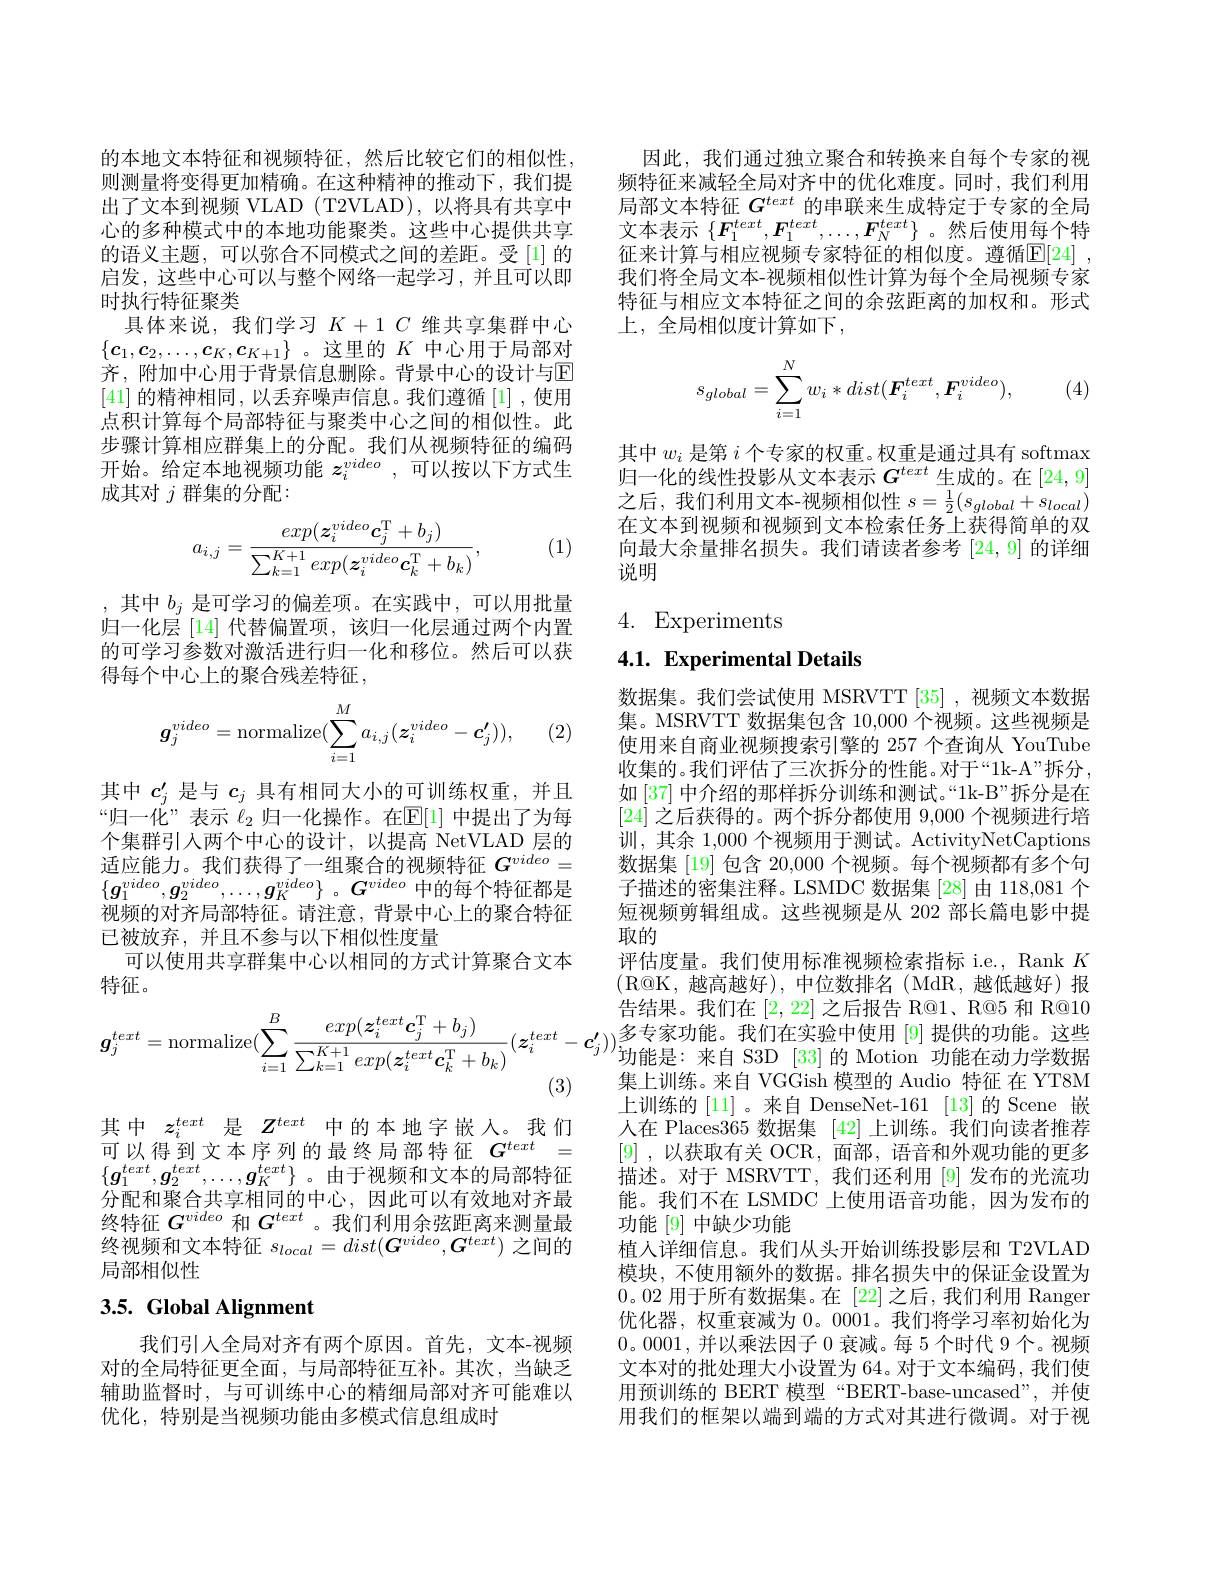
的本地文本特征和视频特征，然后比较它们的相似性。则测量将变得更加精确。在这种精神的推动下，我们提出了文本到视频 VLAD (T2VLAD),以将具有共享中心的多种模式中的本地功能聚类。这些中心提供共享的语义主题，可以弥合不同模式之间的差距。受[1]的启发，这些中心可以与整个网络一起学习，并且可以即时执行特征聚类
具体来说，我们学习$K+1C$维共享集群中心$\{\boldsymbol{c}_1,\boldsymbol{c}_2,\ldots,\boldsymbol{c}_K,\boldsymbol{c}_{K+1}\}$ 。这里的$K$中心用于局部对齐，附加中心用于背景信息删除。背景中心的设计与$\mathbb{E}$ [41]的精神相同，以丢弃噪声信息。我们遵循[1] ,使用点积计算每个局部特征与聚类中心之间的相似性。此步骤计算相应群集上的分配。我们从视频特征的编码开始。给定本地视频功能$z_i^{video}$,可以按以下方式生成其对$j$群集的分配：
$$a_{i,j}=\frac{exp(\boldsymbol{z}_{i}^{video}\boldsymbol{c}_{j}^{\mathrm{T}}+b_{j})}{\sum_{k=1}^{K+1}exp(\boldsymbol{z}_{i}^{video}\boldsymbol{c}_{k}^{\mathrm{T}}+b_{k})},$$
(1)

,其中$b_j$是可学习的偏差项。在实践中，可以用批量归一化层[14]代替偏置项，该归一化层通过两个内置的可学习参数对激活进行归一化和移位。然后可以获得每个中心上的聚合残差特征，

(2)
$$\boldsymbol{g}_j^{video}=\text{normalize}(\sum_{i=1}^Ma_{i,j}(\boldsymbol{z}_i^{video}-\boldsymbol{c'}_j)),$$
其中$c_j^{\prime}$是与$c_j$具有相同大小的可训练权重，并且“归一化”表示$\ell_2$归一化操作。在$\mathbb{E}[1]$中提出了为每个集群引人两个中心的设计，以提高 NetVLAD 层的适应能力。我们获得了一组聚合的视频特征$G^{video}=$ $\{ \boldsymbol{g}_{1}^{video}, \boldsymbol{g}_{2}^{video}, \ldots , \boldsymbol{g}_{K}^{video}\}$ $。\boldsymbol{G}^{video}$中的每个特征都是视频的对齐局部特征。请注意，背景中心上的聚合特征已被放弃，并且不参与以下相似性度量
可以使用共享群集中心以相同的方式计算聚合文本
特征。
$$\boldsymbol{g}_{j}^{text}=\text{normalize}(\sum_{i=1}^{B}\frac{exp(\boldsymbol{z}_{i}^{text}\boldsymbol{c}_{j}^{\mathrm{T}}+b_{j})}{\sum_{k=1}^{K+1}exp(\boldsymbol{z}_{i}^{text}\boldsymbol{c}_{k}^{\mathrm{T}}+b_{k})}(\boldsymbol{z}_{i}^{text}-\boldsymbol{c}_{j}^{\prime})$$
其中$z_i^{text}$是$Z^{text}$中的本地字嵌人。我们可以得到文本序列的最终局部特征$G^text=$ $\{\boldsymbol{g}_1^{text},\boldsymbol{g}_2^{text},\ldots,\boldsymbol{g}_K^{text}\}$。由于视频和文本的局部特征分配和聚合共享相同的中心，因此可以有效地对齐最终特征$G^{video}$和$G^{text}$ 。我们利用余弦距离来测量最终视频和文本特征$s_local=dist(\boldsymbol{G}^{video},\boldsymbol{G}^{text})$之间的局部相似性

# 3.5. Global Alignment

我们引入全局对齐有两个原因。首先，文本-视频对的全局特征更全面，与局部特征互补。其次，当缺乏辅助监督时，与可训练中心的精细局部对齐可能难以优化，特别是当视频功能由多模式信息组成时

因此，我们通过独立聚合和转换来自每个专家的视频特征来减轻全局对齐中的优化难度。同时，我们利用局部文本特征$G^{text}$的串联来生成特定于专家的全局文本表示$\{\boldsymbol{F}_1^{text},\boldsymbol{F}_1^{text},\ldots,\boldsymbol{F}_N^{text}\}$ 。然后使用每个特征来计算与相应视频专家特征的相似度。遵循$\mathbb{E} [ 24]$ , 我们将全局文本-视频相似性计算为每个全局视频专家特征与相应文本特征之间的余弦距离的加权和。形式上，全局相似度计算如下，
$$s_{global}=\sum_{i=1}^Nw_i*dist(\boldsymbol{F}_i^{text},\boldsymbol{F}_i^{video}),$$
(4)

其中$w_i$是第$i$个专家的权重。权重是通过具有 softmax 归一化的线性投影从文本表示$G^{text}$生成的。在[24,9] 之后，我们利用文本-视频相似性$s=\frac12(s_{global}+s_{local})$ 在文本到视频和视频到文本检索任务上获得简单的双向最大余量排名损失。我们请读者参考[24,9]的详细说明

4. Experiments

## 4.1. Experimental Details

数据集。我们尝试使用 MSRVTT [35],视频文本数据集。MSRVTT 数据集包含 10,000 个视频。这些视频是使用来自商业视频搜索引擎的 257 个查询从 YouTube 收集的。我们评估了三次拆分的性能。对于“1k-A”拆分， 如[37] 中介绍的那样拆分训练和测试。“1k-B”拆分是在[24]之后获得的。两个拆分都使用 9,000 个视频进行培训，其余 1,000 个视频用于测试。ActivityNetCaptions 数据集 [19] 包含 20,000 个视频。每个视频都有多个句子描述的密集注释。LSMDC 数据集 [28] 由 118,081 个短视频剪辑组成。这些视频是从 202 部长篇电影中提取的
评估度量。我们使用标准视频检索指标 i.e., Rank $K$ (R@K,越高越好),中位数排名(MdR,越低越好)报告结果。我们在[2,22]之后报告 R@1、R@5 和 R@10 $_{\text{ 多专家功能。我们在实验中使用 }[9]}$提供的功能。这些$^{\prime}$功能是：来自 S3D [33]的 Motion 功能在动力学数据集上训练。来自 VGGish 模型的 Audio 特征 在 YT8M 上训练的[11]。来自 DenseNet-161[13]的 Scene 嵌人在 Places365 数据集[42]上训练。我们向读者推荐[9] ,以获取有关 OCR,面部，语音和外观功能的更多描述。对于 MSRVTT, 我们还利用 [9] 发布的光流功能。我们不在 LSMDC 上使用语音功能，因为发布的功能[9] 中缺少功能
植人详细信息。我们从头开始训练投影层和 T2VLAD 模块，不使用额外的数据。排名损失中的保证金设置为0。02 用于所有数据集。在[22]之后，我们利用 Ranger 优化器，权重衰减为0。0001。我们将学习率初始化为0。0001,并以乘法因子0衰减。每 5 个时代 9 个。视频文本对的批处理大小设置为 64。对于文本编码，我们使用预训练的 BERT 模型“BERT-base-uncased”,并使用我们的框架以端到端的方式对其进行微调。对于视